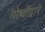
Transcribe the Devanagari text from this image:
गोष्टींद्वारे